Indian journal of veterinary science and animal husbandry - Volume 8,
Year: 1938
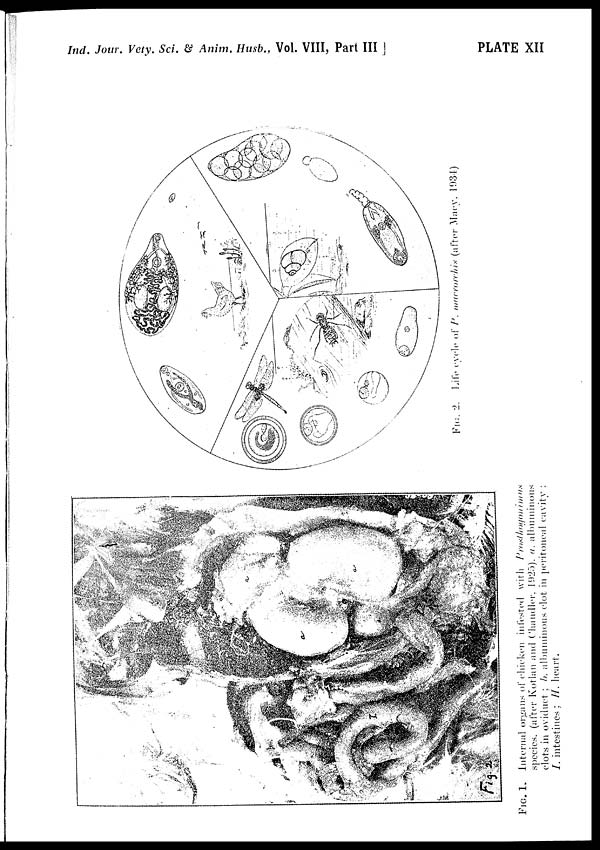
Ind. Jour. Vety. Sci. & Anim. Husb., Vol. VIII, Part III
]
PLATE XII
FIG.
1. Internal organs
of chicken infested with Prosthogonimus
species.
(after Kotlan and Chandler. 1925). a. albuminous
clots in oviduct ; b. albuminous clot in peritoneal cavity ;
I.
intestines ; H. heart.
FIG.
2.
Life cycle of P. macrorchis (after Macy, 1934)